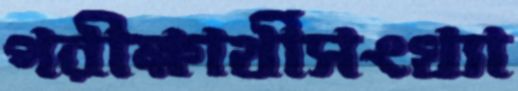
পরীক্ষার্থীসংখ্যা